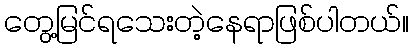
တွေ့မြင်ရသေးတဲ့နေရာဖြစ်ပါတယ်။